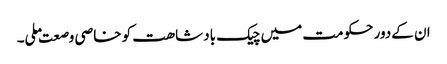
ان کےدور حکومت میں چیک بادشاھت کو خاصی وصعت ملی۔